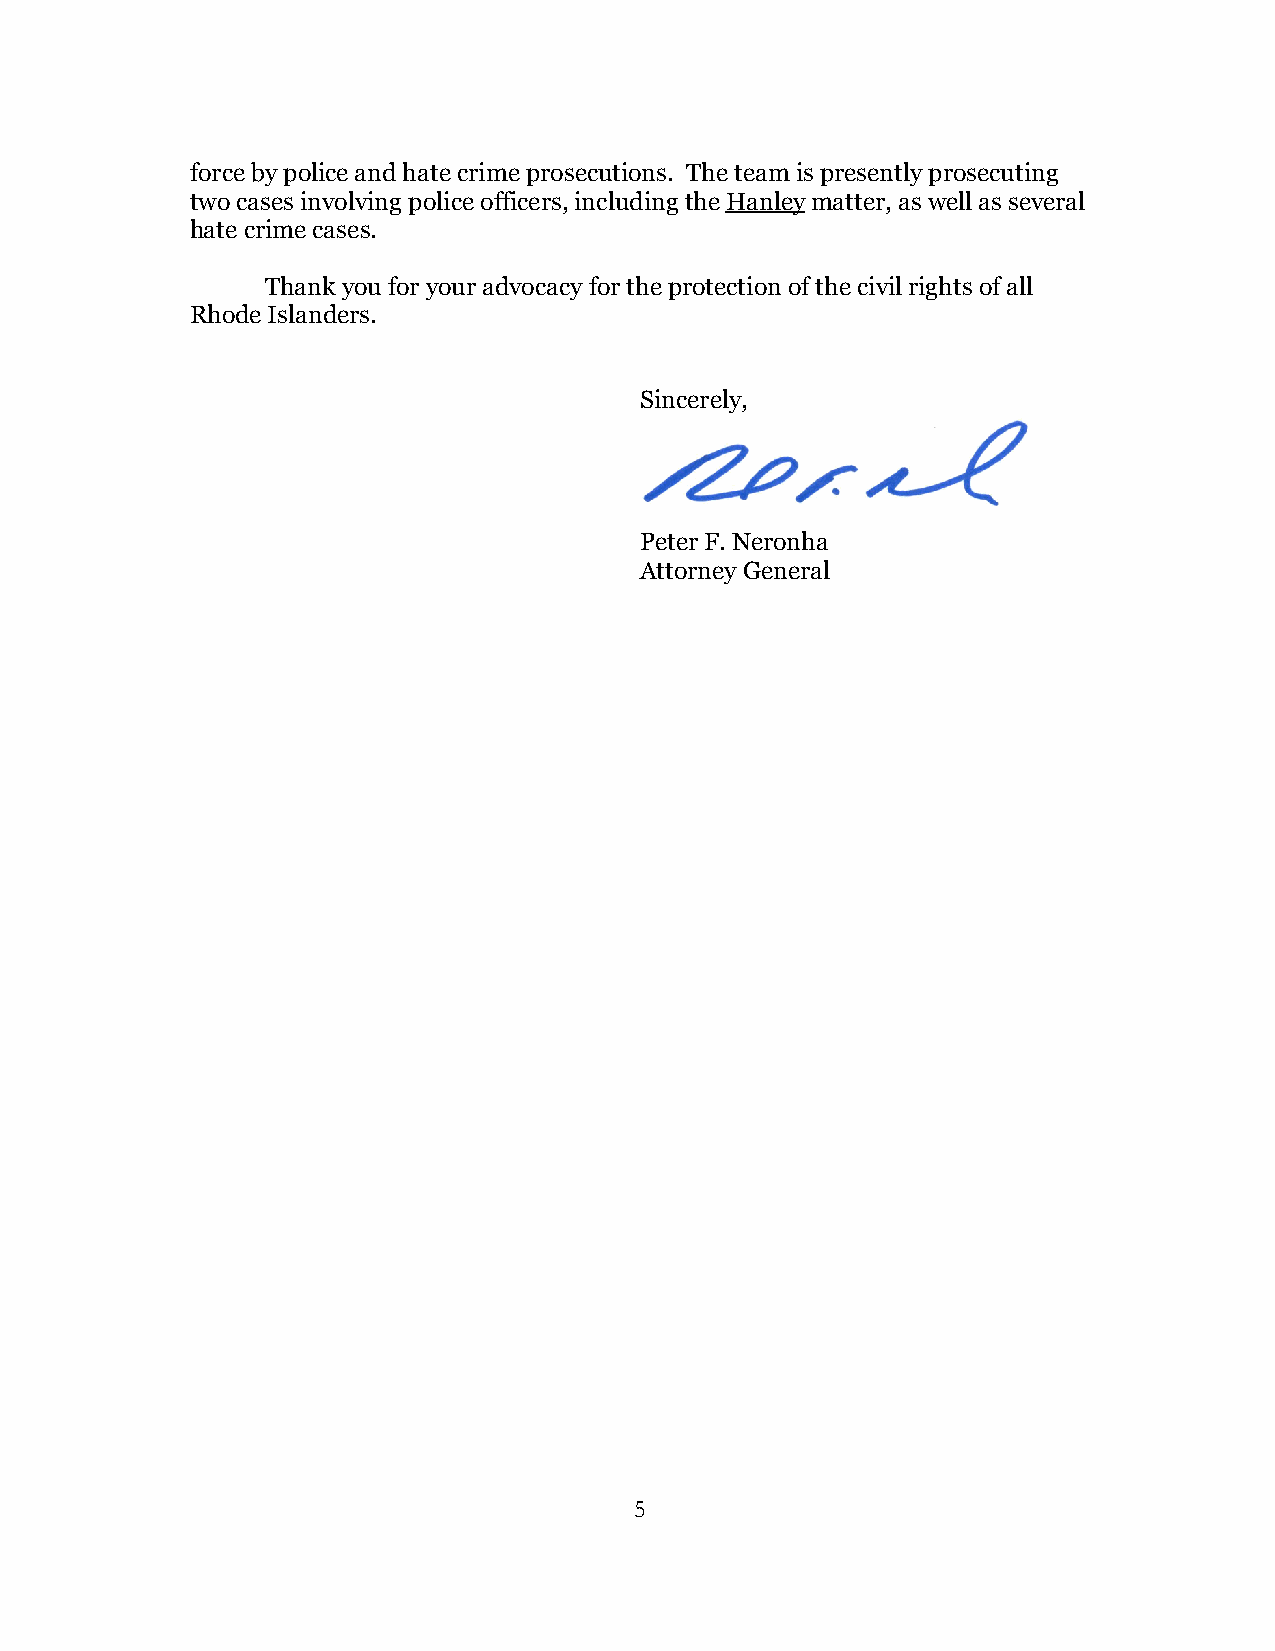
force by police and hate crime prosecutions. The team is presently prosecuting
 two cases involving police officers, including the Hanley matter, as well as several
 hate crime cases.
 Thank you for your advocacy for the protection of the civil rights of all
 Rhode Islanders.
 Sincerely,
 Peter F. Neronha
 Attorney General
 5